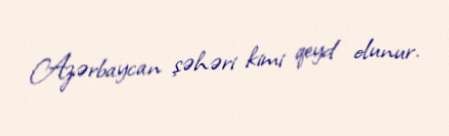
Azərbaycan şəhəri kimi qeyd olunur.